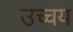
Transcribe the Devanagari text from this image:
उच्चय